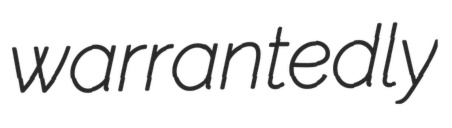
warrantedly